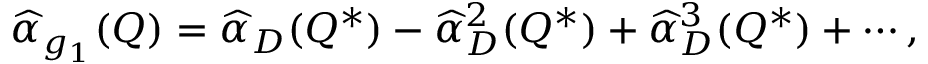
\widehat { \alpha } _ { g _ { 1 } } ( Q ) = \widehat { \alpha } _ { D } ( Q ^ { * } ) - \widehat { \alpha } _ { D } ^ { 2 } ( Q ^ { * } ) + \widehat { \alpha } _ { D } ^ { 3 } ( Q ^ { * } ) + \cdots ,